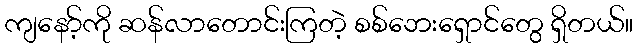
ကျနော့်ကို ဆန်လာတောင်းကြတဲ့ စစ်ဘေးရှောင်တွေ ရှိတယ်။